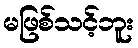
မဖြစ်သင့်ဘူး